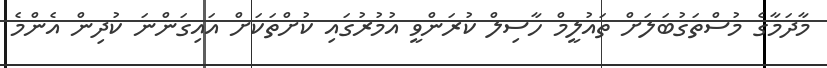
މާދަމާގެ މުސްތަގުބަލަށް ތައުލީމް ހާސިލް ކުރަންވީ އުމުރުގައި ކުށްތަކަށް އައިގަންނަ ކުދިން އެންމެ